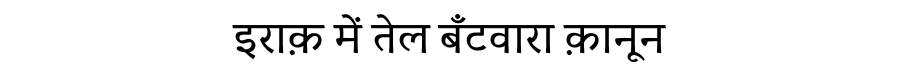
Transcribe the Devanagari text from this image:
इराक़ में तेल बँटवारा क़ानून